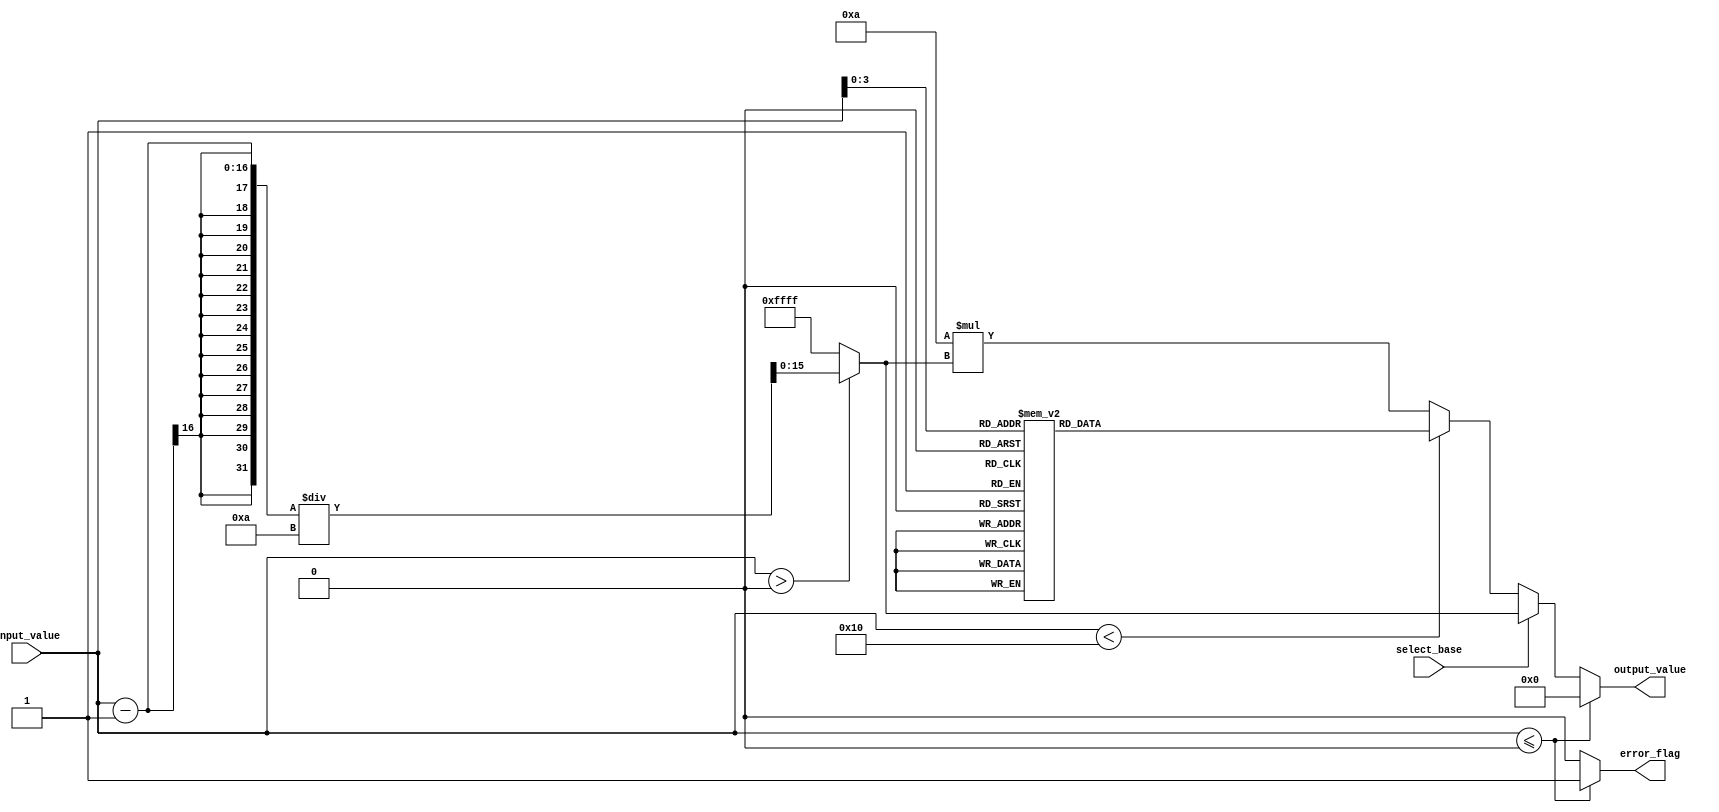
module LogarithmicFunctionGenerator (
    input wire [15:0] input_value, // 16-bit unsigned input
    input wire select_base,        // 0 for base 2, 1 for base 10
    output reg signed [15:0] output_value, // 16-bit signed output
    output reg error_flag          // Error flag for invalid input
);

    // Internal parameters for logarithm calculations
    parameter LOG2_SCALE = 10; // Scaling factor for base 2 logarithm
    parameter LOG10_SCALE = 10; // Scaling factor for base 10 logarithm

    // Lookup table for base 2 logarithm (for some common values)
    reg [15:0] lut_base2 [0:15]; // 16 entries for log2 values
    initial begin
        lut_base2[0] = 16'd0;    // log2(1) = 0
        lut_base2[1] = 16'd1;    // log2(2) = 1
        lut_base2[2] = 16'd2;    // log2(4) = 2
        lut_base2[3] = 16'd3;    // log2(8) = 3
        lut_base2[4] = 16'd4;    // log2(16) = 4
        lut_base2[5] = 16'd5;    // log2(32) = 5
        lut_base2[6] = 16'd6;    // log2(64) = 6
        lut_base2[7] = 16'd7;    // log2(128) = 7
        lut_base2[8] = 16'd8;    // log2(256) = 8
        lut_base2[9] = 16'd9;    // log2(512) = 9
        lut_base2[10] = 16'd10;  // log2(1024) = 10
        lut_base2[11] = 16'd11;  // log2(2048) = 11
        lut_base2[12] = 16'd12;  // log2(4096) = 12
        lut_base2[13] = 16'd13;  // log2(8192) = 13
        lut_base2[14] = 16'd14;  // log2(16384) = 14
        lut_base2[15] = 16'd15;  // log2(32768) = 15
    end

    // Base 10 logarithm approximation (simple scaling, can be replaced with LUT or method)
    function signed [15:0] log10;
        input [15:0] value;
        begin
            // Simple approximation
            log10 = (value > 0) ? (value - 1) / LOG10_SCALE : -16'd1; // Placeholder logic
        end
    endfunction

    always @(*) begin
        // Initialize outputs
        output_value = 16'd0;
        error_flag = 1'b0;

        // Input validation
        if (input_value <= 16'd0) begin
            error_flag = 1'b1; // Invalid input
        end else begin
            // Perform logarithmic calculation based on selected base
            if (select_base == 1'b0) begin // Base 2
                // Use LUT for values in range
                if (input_value < 16'd16) begin
                    output_value = lut_base2[input_value]; // Direct LUT lookup
                end else begin
                    // For values >= 16, use a simple method (extrapolation)
                    output_value = (LOG2_SCALE * log10(input_value)); // Placeholder logic for higher values
                end
            end else begin // Base 10
                output_value = log10(input_value);
            end
        end
    end

endmodule